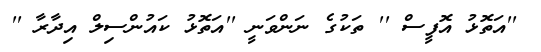
''އަތޮޅު އޮފީސް '' ތަކުގެ ނަންވަނީ ''އަތޮޅު ކައުންސިލް އިދާރާ ''